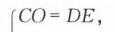
\(CO = DE\)，